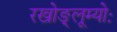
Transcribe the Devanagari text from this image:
रखोङ्लूम्योः